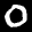
Label: 0